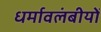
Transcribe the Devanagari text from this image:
धर्मावलंबीयों